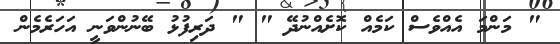
" މަންމަ އެއްވެސް ކަމެއް ކޮށެއްނުދޭ " " ދަރިފުޅު ބޭނުންވަނީ އަހަރެމެން